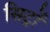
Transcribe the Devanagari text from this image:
सिट्रों